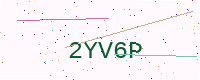
Text: 2YV6P